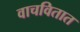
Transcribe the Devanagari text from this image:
वाचवितात